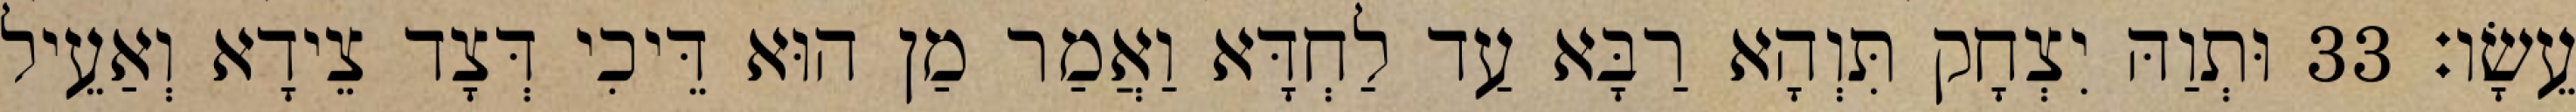
עֵשָׂו׃ 33 וּתְוַהּ יִצְחָק תִּוְהָא רַבָּא עַד לַחְדָּא וַאֲמַר מַן הוּא דֵּיכִי דְּצָד צֵידָא וְאַעֵיל